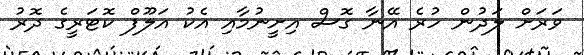
ވަރަށް ލަދުން ހުރެ އޭނާ ގޮސް އިށީނުމާއި އެކު އަލޫފް ކޮޓަރީގެ ދޮރު